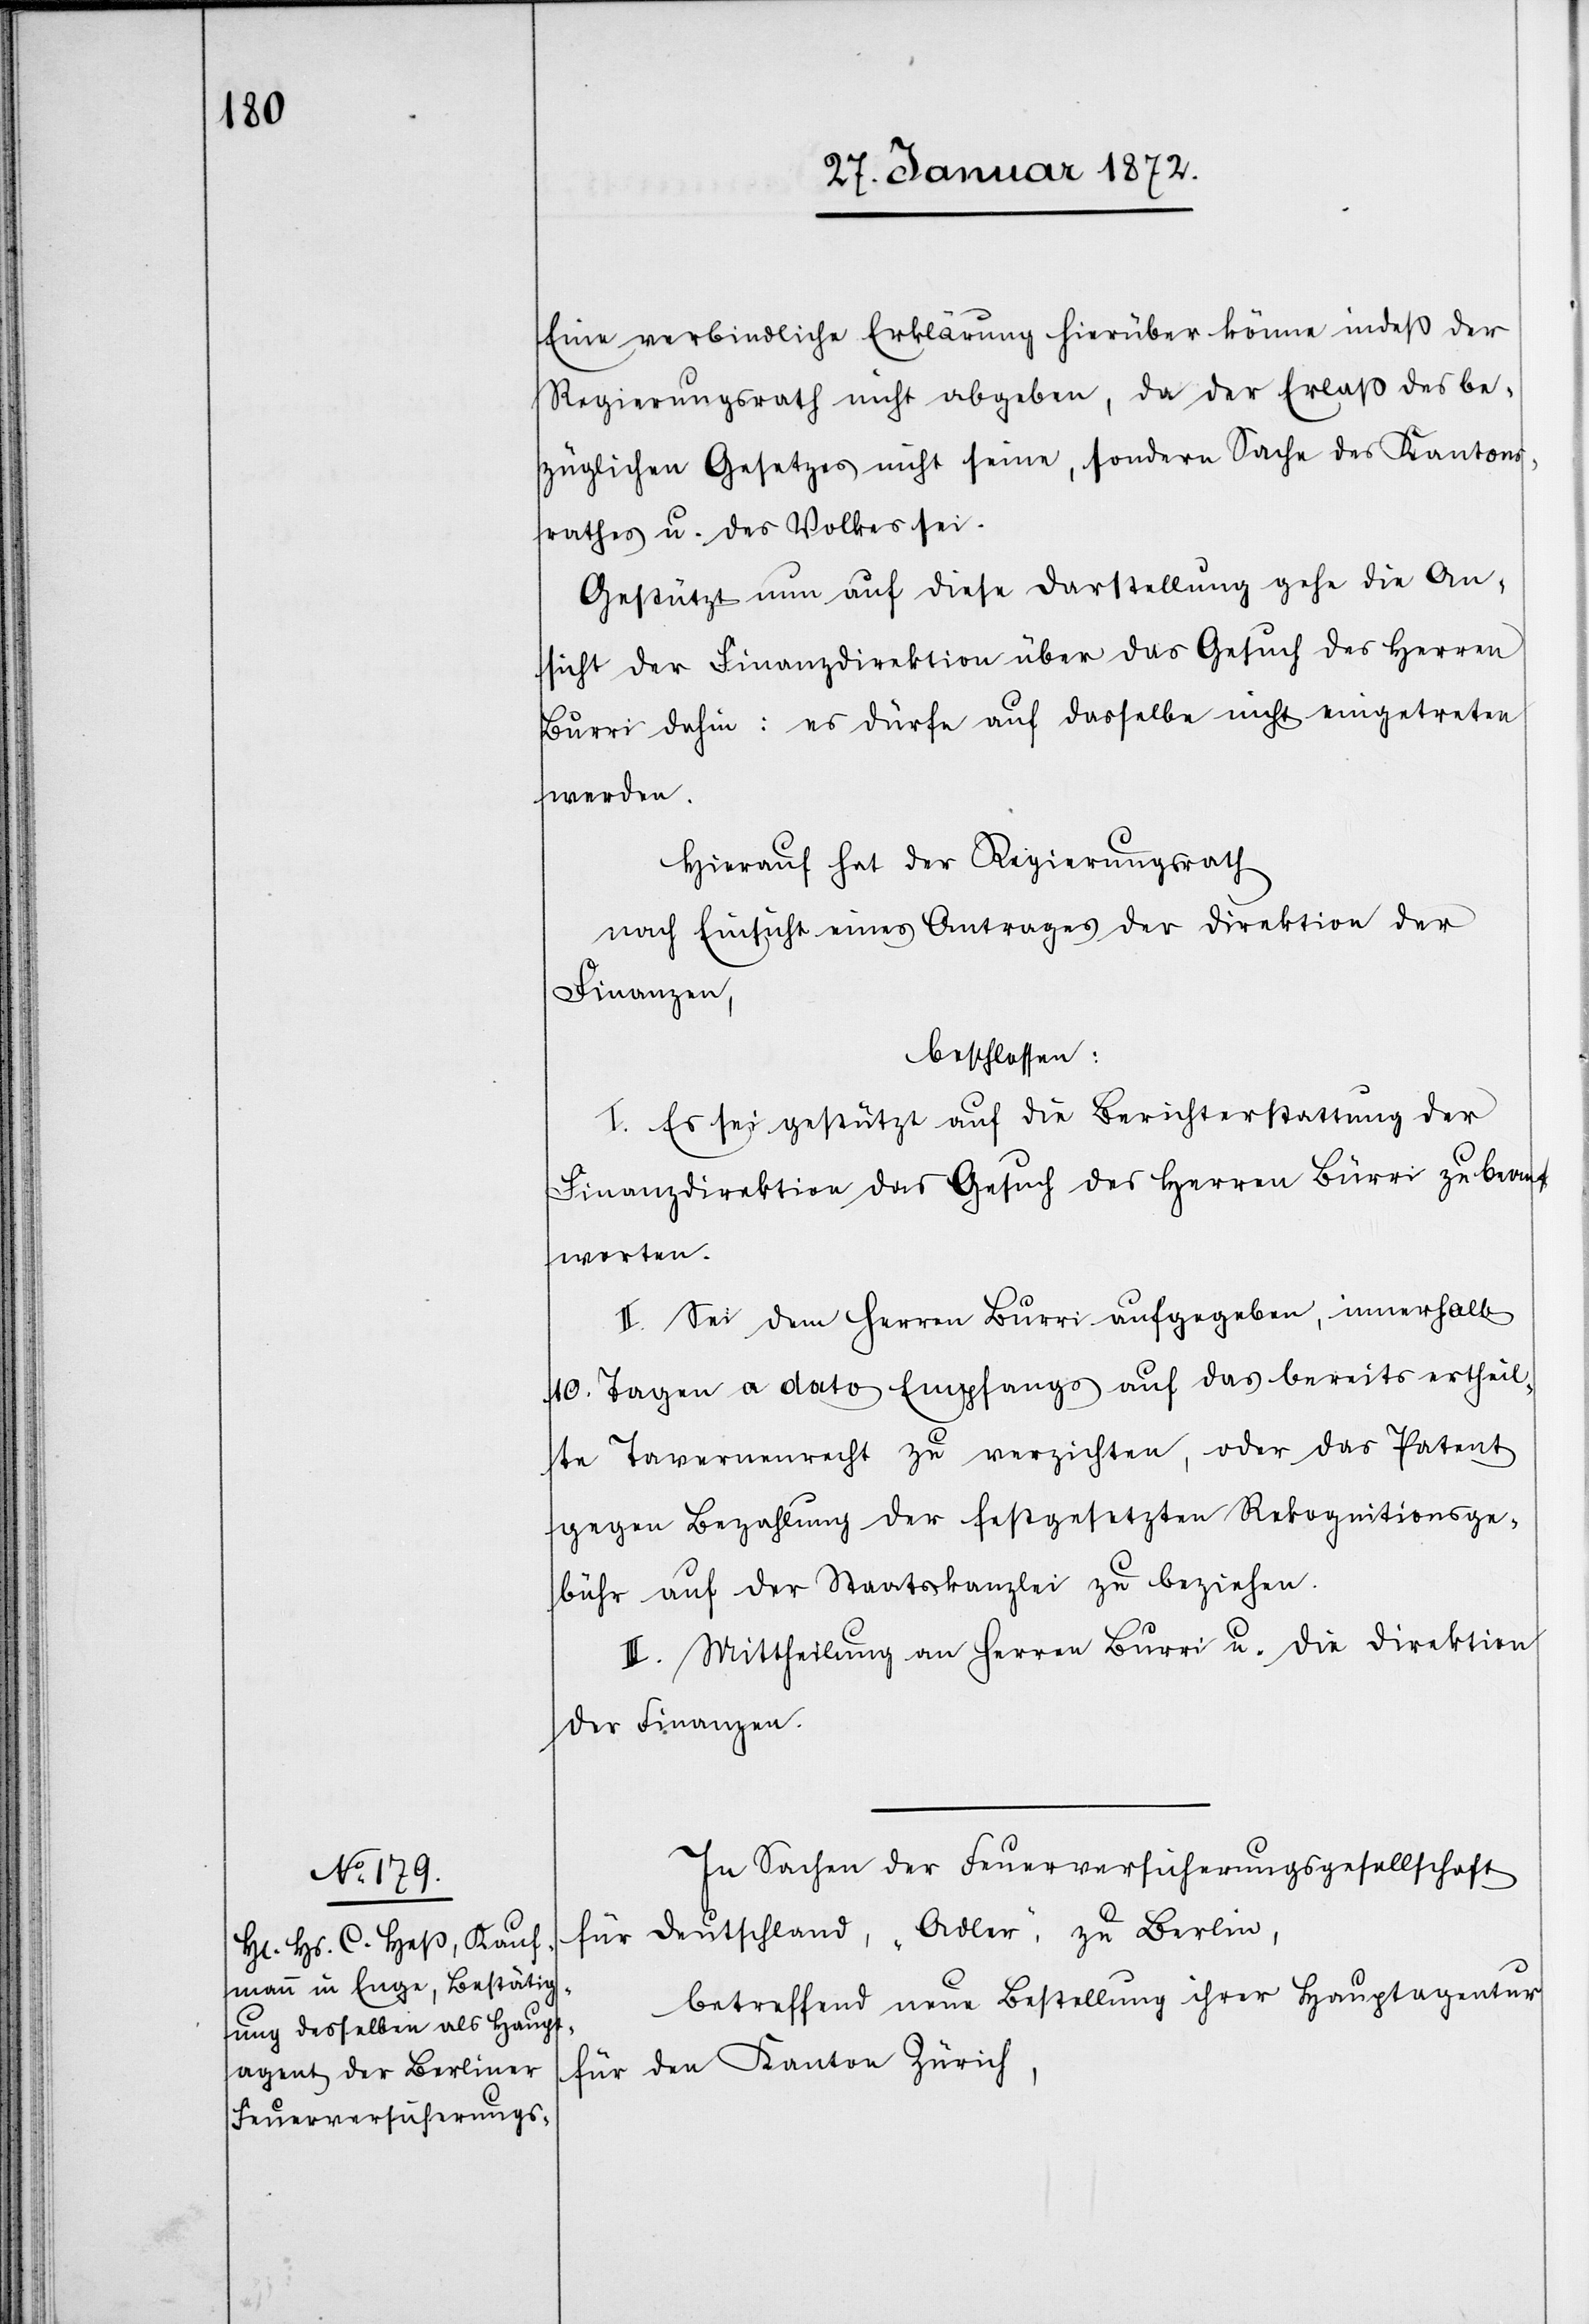
Eine verbindliche Erklärung hierüber könne indeß der
Regierungsrath nicht abgeben, da der Erlaß des be¬
züglichen Gesetzes nicht seine, sondern Sache des Kantons¬
rathes u. des Volkes sei.
Gestützt nun auf diese Darstellung gehe die An¬
sicht der Finanzdirektion über das Gesuch des Herren
Burri dahin: es dürfe auf dasselbe nicht eingetreten
werden.
Hierauf hat der Regierungsrath
nach Einsicht eines Antrages der Direktion der
Finanzen,
beschlossen:
I. Es sei gestützt auf die Berichterstattung der
Finanzdirektion das Gesuch des Herren Burri zu beant¬
worten.
II. Sei dem Herren Burri aufgegeben, innerhalb
10. Tagen a dato Empfangs auf das bereits ertheil¬
te Tavernenrecht zu verzichten, oder das Patent
gegen Bezahlung der festgesetzten Rekognitionsge¬
bühr auf der Staatskanzlei zu beziehen.
III. Mittheilung an Herren Burri u. die Direktion
der Finanzen.
In Sachen der Feuerversicherungsgesellschaft
für Deutschland, „Adler“, zu Berlin,
betreffend neue Bestellung ihrer Hauptagentur
für den Kanton Zürich,